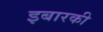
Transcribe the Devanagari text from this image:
इबारकी